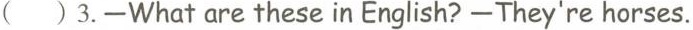
( ) 3.-What are these in English? -They're horses.